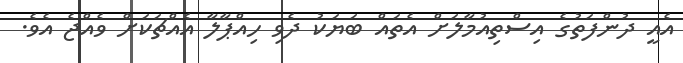
އެއީ ދުންފަތުގެ އިސްތިއުމާލަށް އެތައް ބަޔަކު ދެވި ހިއްޕާލާ އެއްޗަކަށް ވެއްޖެ އެވެ.